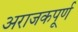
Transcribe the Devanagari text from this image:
अराजकपूर्ण